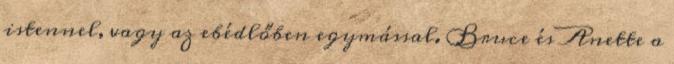
istennel, vagy az ebédlőben egymással. Bruce és Anette a